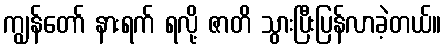
ကျွန်တော် နားရက် ရလို့ ဇာတိ သွားပြီးပြန်လာခဲ့တယ်။